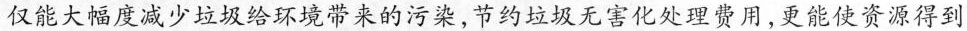
仅能大幅度减少垃圾给环境带来的污染，节约垃圾无害化处理费用，更能使资源得到